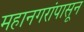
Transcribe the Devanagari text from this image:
महानगरांपासून